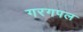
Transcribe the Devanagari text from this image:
गरगपल